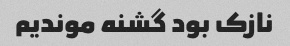
نازک بود گشنه موندیم